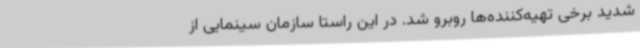
شدید برخی تهیه‌کننده‌ها روبرو شد. در این راستا سازمان سینمایی از